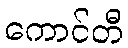
ကောင်တီ